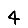
Digit: 4